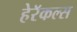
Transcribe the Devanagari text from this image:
हेरॅकल्स